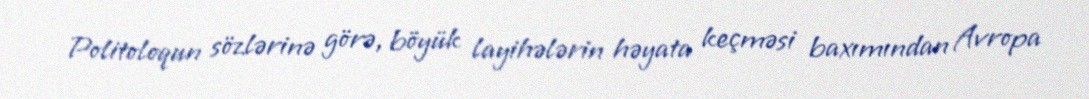
Politoloqun sözlərinə görə, böyük layihələrin həyata keçməsi baxımından Avropa